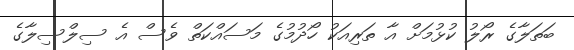
ބަތަލާގެ ރޯލު ކުޅުމަށް އާ ތަރިއަކު ހޯދުމުގެ މަސައްކަތް ވެސް އެ ސިލްސިލާގެ